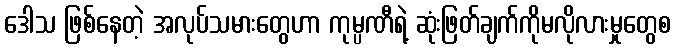
ဒေါသ ဖြစ်နေတဲ့ အလုပ်သမားတွေဟာ ကုမ္ပဏီရဲ့ ဆုံးဖြတ်ချက်ကိုမလိုလားမှုတွေစ